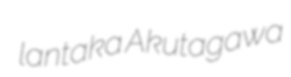
lantaka Akutagawa